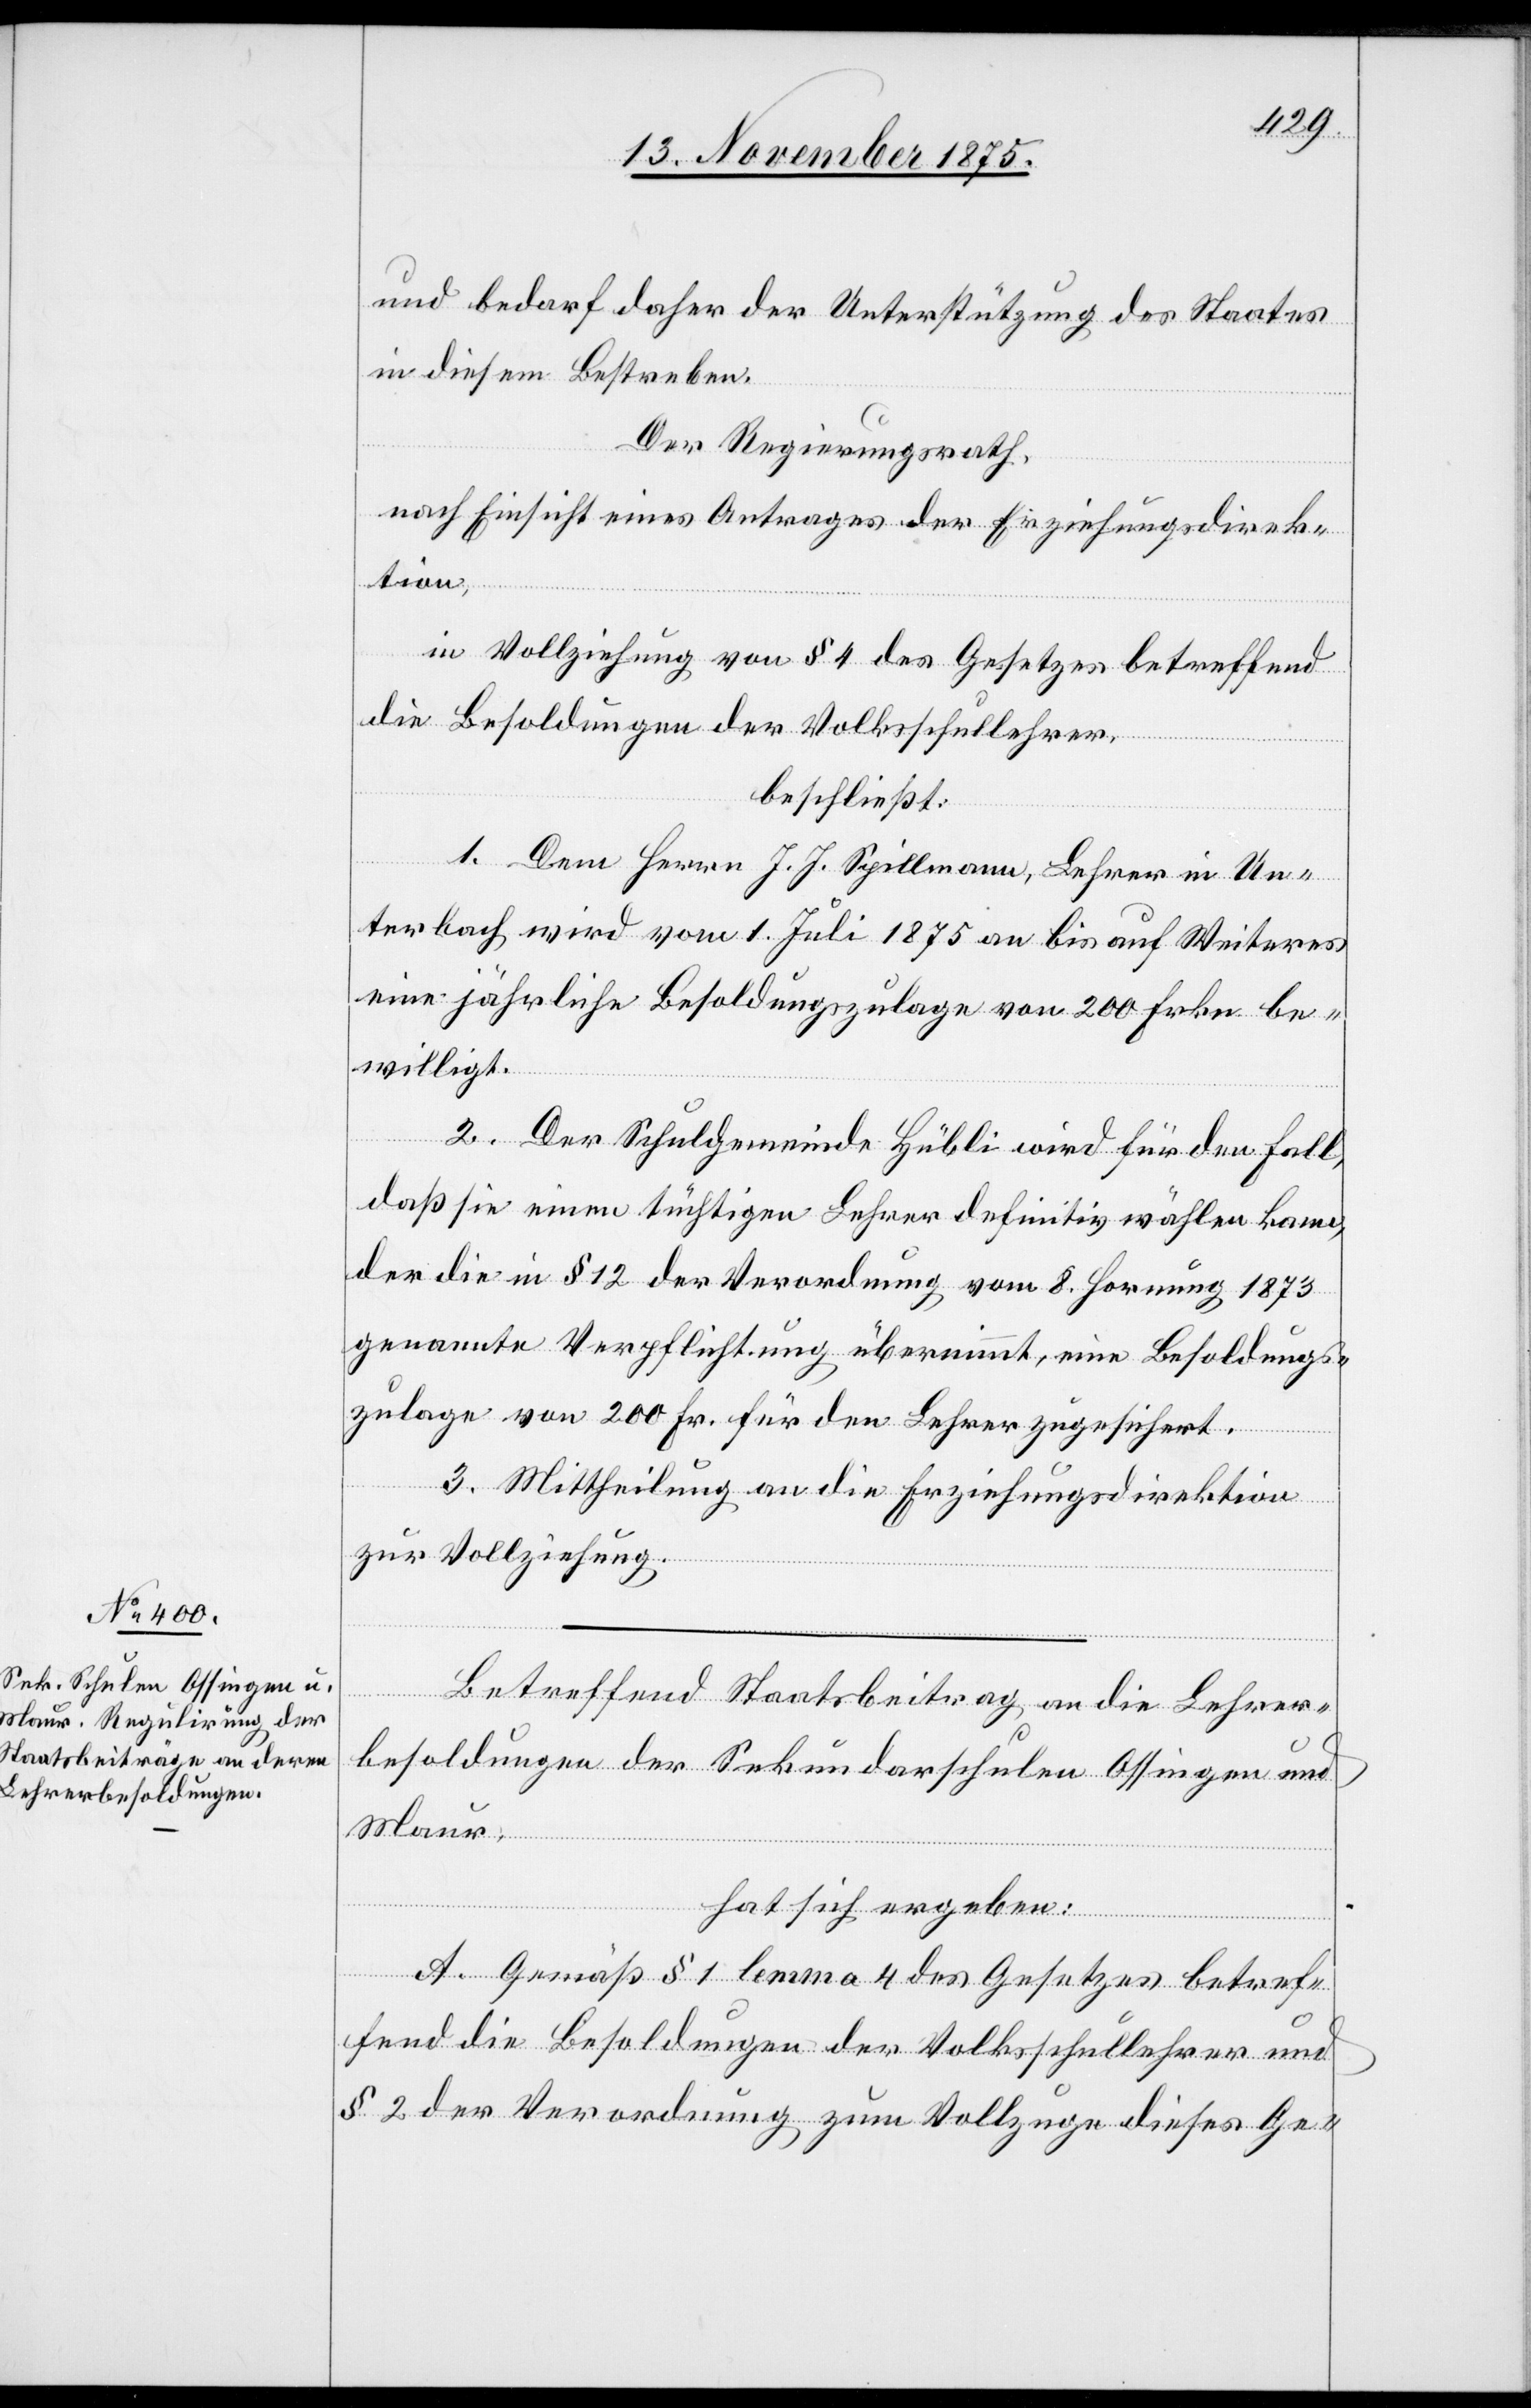
und bedarf daher der Unterstützung des Staates
in diesem Bestreben.
Der Regierungsrath,
nach Einsicht eines Antrages der Erziehungsdirek¬
tion,
in Vollziehung von § 4 des Gesetzes betreffend
die Besoldungen der Volksschullehrer,
beschließt:
1. Dem Herrn J. J. Spillmann, Lehrer in Un¬
terbach wird vom 1. Juli 1875 an bis auf Weiteres
eine jährliche Besoldungszulage von 200 Frkn. be¬
willigt.
2. Der Schulgemeinde Hübli wird für den Fall,
daß sie einen tüchtigen Lehrer definitiv wählen kann,
der die in § 12 der Verordnung vom 8. Hornung 1873
genannte Verpflichtung übernimmt, eine Besoldungs¬
zulage von 200 Fr. für den Lehrer zugesichert.
3. Mittheilung an die Erziehungsdirektion
zur Vollziehung.
Betreffend Staatsbeitrag an die Lehrer¬
besoldungen der Sekundarschulen Ossingen und
Maur:
hat sich ergeben:
A. Gemäß § 1 lemma 4 des Gesetzes betref¬
fend die Besoldungen der Volksschullehrer und
§ 2 der Verordnung zum Vollzuge dieses Ge-